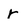
Character: r